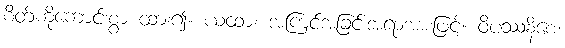
စိတ်ကိုကောင်းစွာ ထား၍။ ယထာ၊ အကြင်အခြင်းအရာအားဖြင့်။ ဝိပဿနိစေ၊